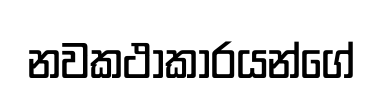
නවකථාකාරයන්ගේ